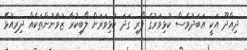
ދިއްދޫ އަކީ އަބަދުވެސް ކުޅިވަރުގެ ފޯރި ގަދަ ކުޅިވަރަށް ލޯބިކުރާ ޒުވާނުންތަކެއް ދިރިއުޅޭ